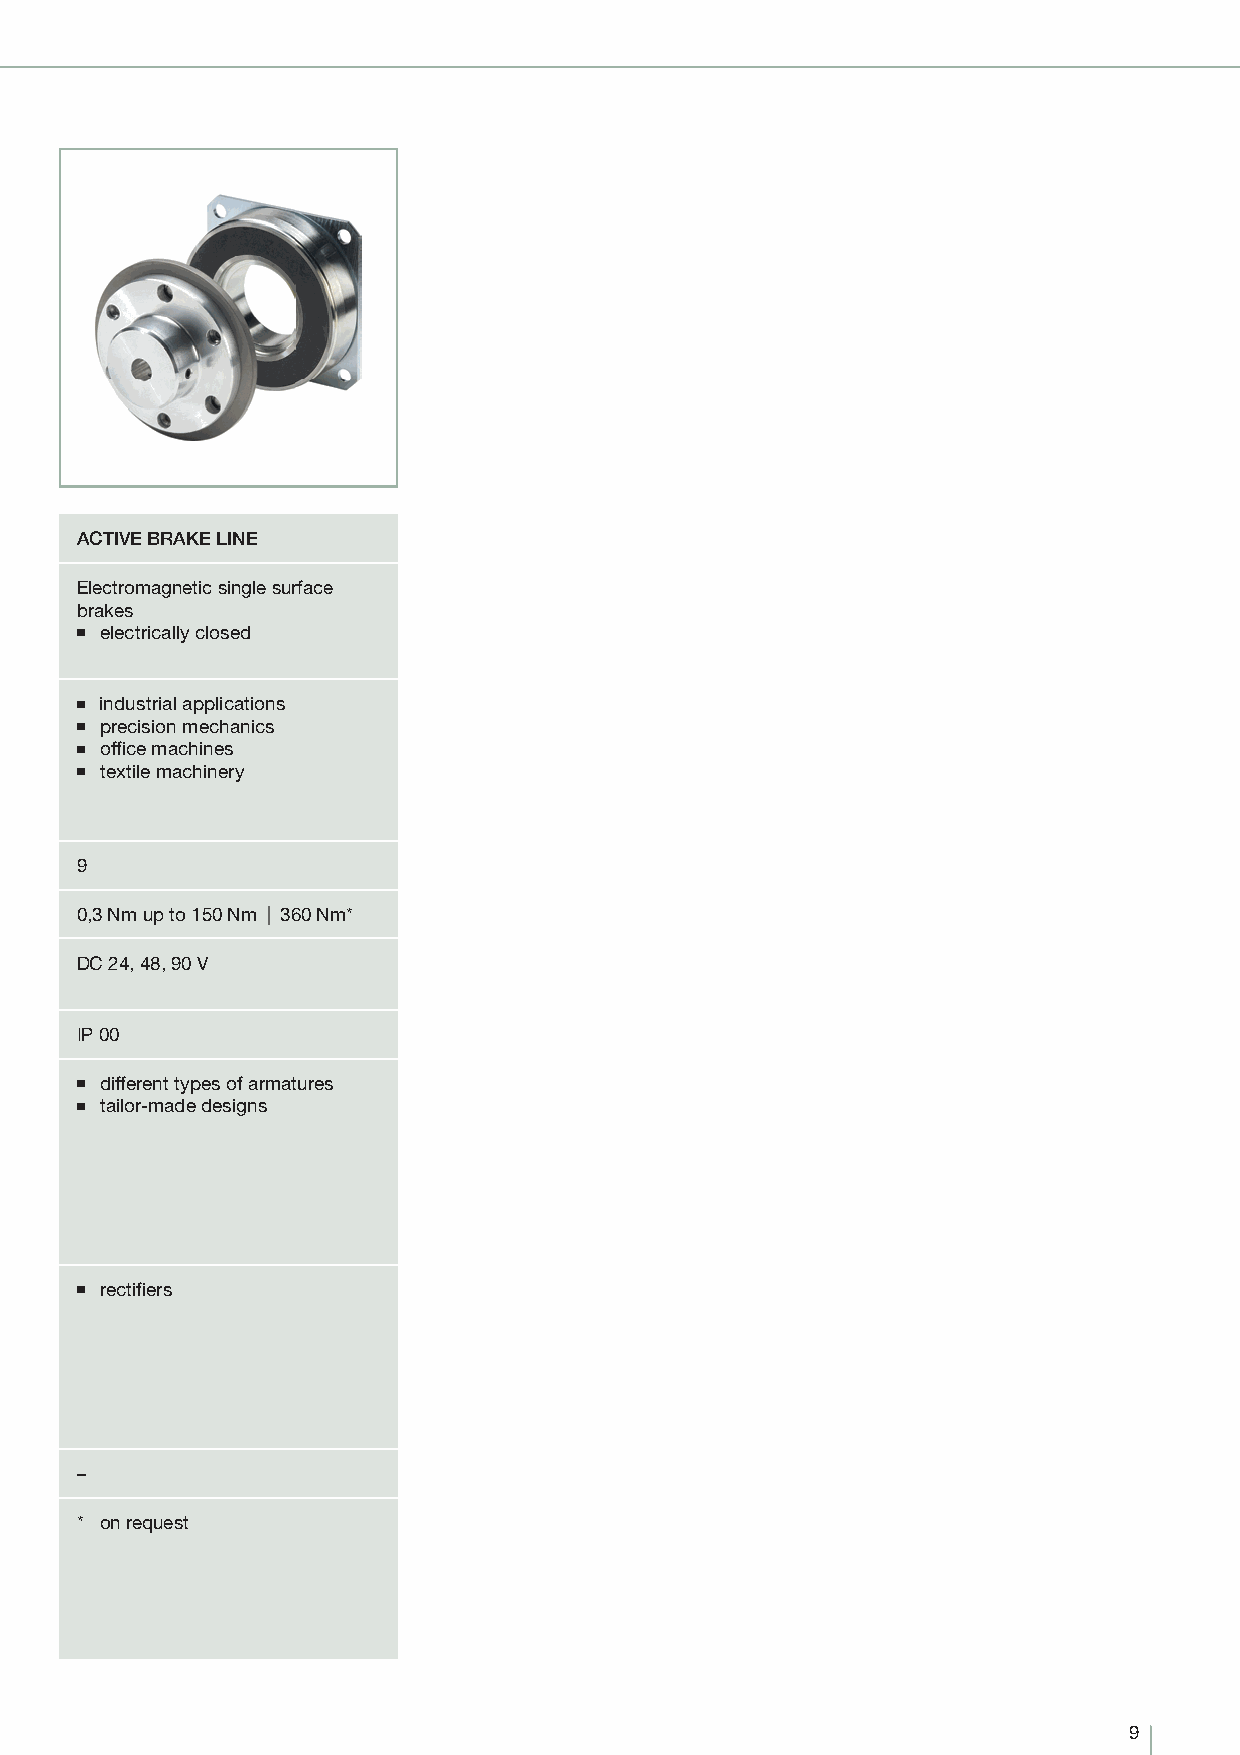
ACTIVE BRAKE LINE
 Electromagnetic single surface
 brakes
 ■ electrically closed
 ■ industrial applications
 ■ precision mechanics
 ■ offi ce machines
 ■ textile machinery
 9
 0,3 Nm up to 150 Nm | 360 Nm*
 DC 24, 48, 90 V
 IP 00
 ■ different types of armatures
 ■ tailor-made designs
 ■ rectifi ers
 –
 * on request
 9